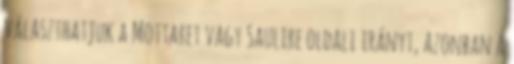
választhatjuk a Mottaret vagy Saulire oldali irányt, azonban a